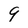
Character: 9